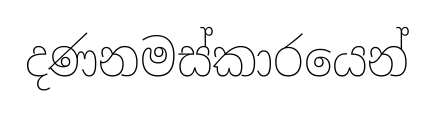
දණනමස්කාරයෙන්